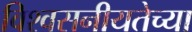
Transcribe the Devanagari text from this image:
विश्वसनीयतेच्या